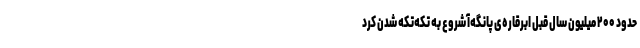
حدود ۲۰۰ میلیون سال قبل ابرقاره‌ی پانگه‌آ شروع به تکه‌تکه شدن کرد